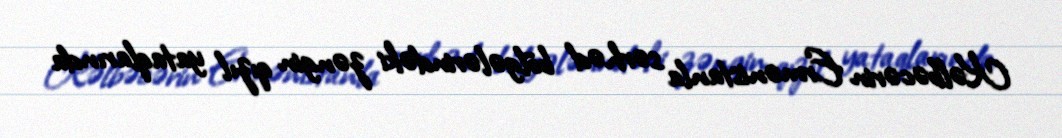
Kəlbəcərin Ermənistanla sərhəd bölgələrindəki zəngin qızıl yataqlarında